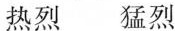
热烈 猛烈